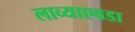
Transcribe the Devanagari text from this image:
लाव्याएवडा